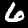
Label: 6